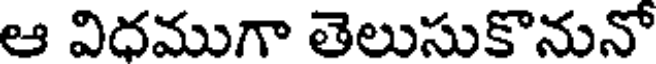
ఆ విదముగా తెలుసుకొనునో